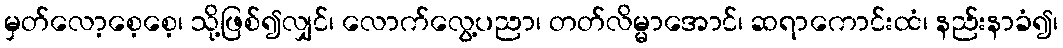
မှတ်လော့စေ့စေ့၊ သို့ဖြစ်၍လျှင်၊ လောက်လွေ့ပညာ၊ တတ်လိမ္မာအောင်၊ ဆရာကောင်းထံ၊ နည်းနာခံ၍၊